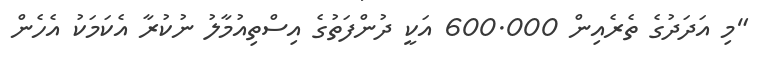
"މި އަދަދުގެ ތެރެއިން 600.000 އަކީ ދުންފަތުގެ އިސްތިއުމާލު ނުކުރާ އެކަމަކު އެހެން